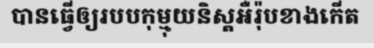
បានធ្វើឲ្យរបបកុម្មុយនិស្តអឺរ៉ុបខាងកើត